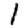
Digit: 1